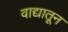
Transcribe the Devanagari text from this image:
वाद्यातून